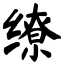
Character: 缭